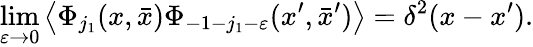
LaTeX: \operatorname*{lim}_{\varepsilon\rightarrow 0}\left\langle\Phi_{j_{1}}(x,\bar{x})\Phi_{-1-j_{1}-\varepsilon}(x^{\prime},\bar{x}^{\prime})\right\rangle=\delta^{2}(x-x^{\prime}).